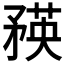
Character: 𥍼